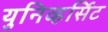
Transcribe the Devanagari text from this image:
युनिव्हर्सिट